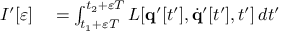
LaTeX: \begin{array} { r l } { I ^ { \prime } [ \varepsilon ] } & { { } = \int _ { t _ { 1 } + \varepsilon T } ^ { t _ { 2 } + \varepsilon T } L [ \mathbf { q } ^ { \prime } [ t ^ { \prime } ] , { \dot { \mathbf { q } } } ^ { \prime } [ t ^ { \prime } ] , t ^ { \prime } ] \, d t ^ { \prime } } \end{array}